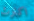
اكترث